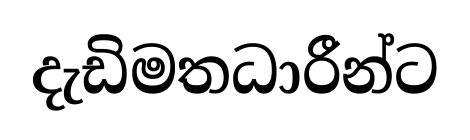
දැඩිමතධාරීන්ට